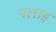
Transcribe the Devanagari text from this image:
पलाइ